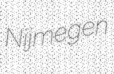
Nijmegen